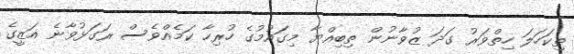
ތިކަހަލަ ހިތްވަރު ގަދަ ޒުވާނުން ތިބިއްޔާ މިގައުމުގެ ހުރިހާ ކަމެއްވެސް ރަގަޅުވާނެ އަޒީގެ